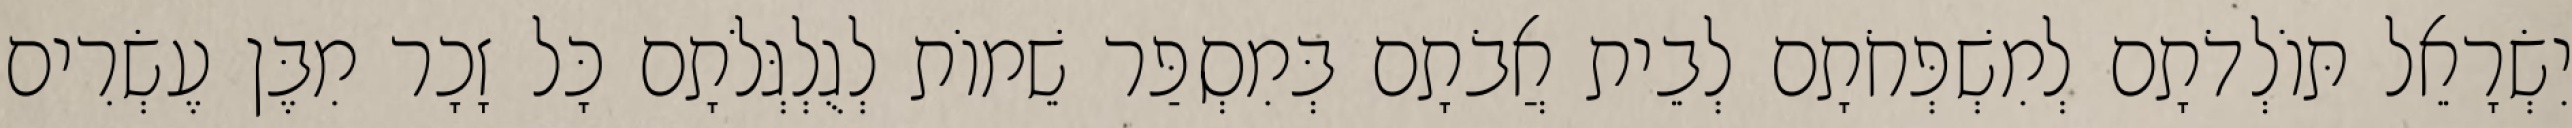
יִשְׂרָאֵל תּוֹלְדֹתָם לְמִשְׁפְּחֹתָם לְבֵית אֲבֹתָם בְּמִסְפַּר שֵׁמוֹת לְגֻלְגְּלֹתָם כָּל זָכָר מִבֶּן עֶשְׂרִים